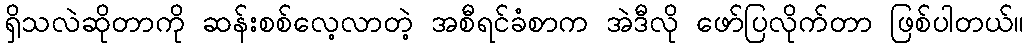
ရှိသလဲဆိုတာကို ဆန်းစစ်လေ့လာတဲ့ အစီရင်ခံစာက အဲဒီလို ဖော်ပြလိုက်တာ ဖြစ်ပါတယ်။